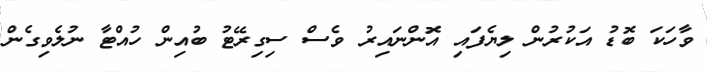
ވާހަކަ ބޮޑު އަކުރުން ލިޔެފައި އޮންނައިރު ވެސް ސިގިރޭޓު ބުއިން ހުއްޓާ ނުލެވިގެން